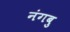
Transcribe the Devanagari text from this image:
नंगबु